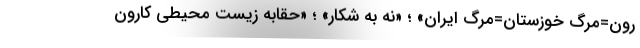
رون=مرگ خوزستان=مرگ ایران» ؛ «نه به شکار» ؛ «حقابه زیست محیطی کارون